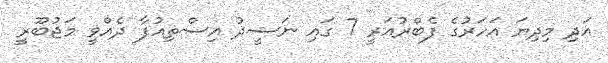
އަދި މިދިޔަ އަހަރުގެ ފެބްރުއަރީ 7 ގައި ނަޝީދު އިސްތިއުފާ ދެއްވީ މަޖުބޫރީ